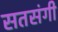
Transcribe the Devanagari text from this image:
सतसंगी